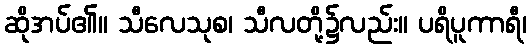
ဆိုအပ်၏။ သီလေသုစ၊ သီလတို့၌လည်း။ ပရိပူကာရီ၊